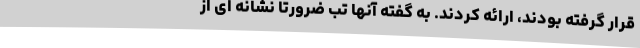
قرار گرفته بودند، ارائه کردند. به گفته آنها تب ضرورتا نشانه ای از